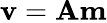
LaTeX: \mathbf{v}=\mathbf{A}\textbf{m}